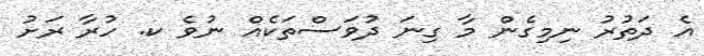
އެ ދަތުރު ނިމިގެން މާ ގިނަ ދުވަސްތަކެއް ނުވެ ކ. ހުރާ ރަށު